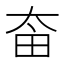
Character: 𡘒